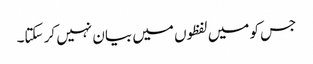
جس کو میں لفظوں میں بیان نہیں کر سکتا۔